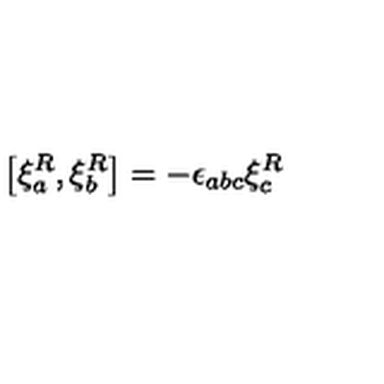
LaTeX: \left[ \xi _ { a } ^ { R } , \xi _ { b } ^ { R } \right] = - \epsilon _ { a b c } \xi _ { c } ^ { R }